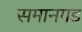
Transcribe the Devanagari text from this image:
समानगड